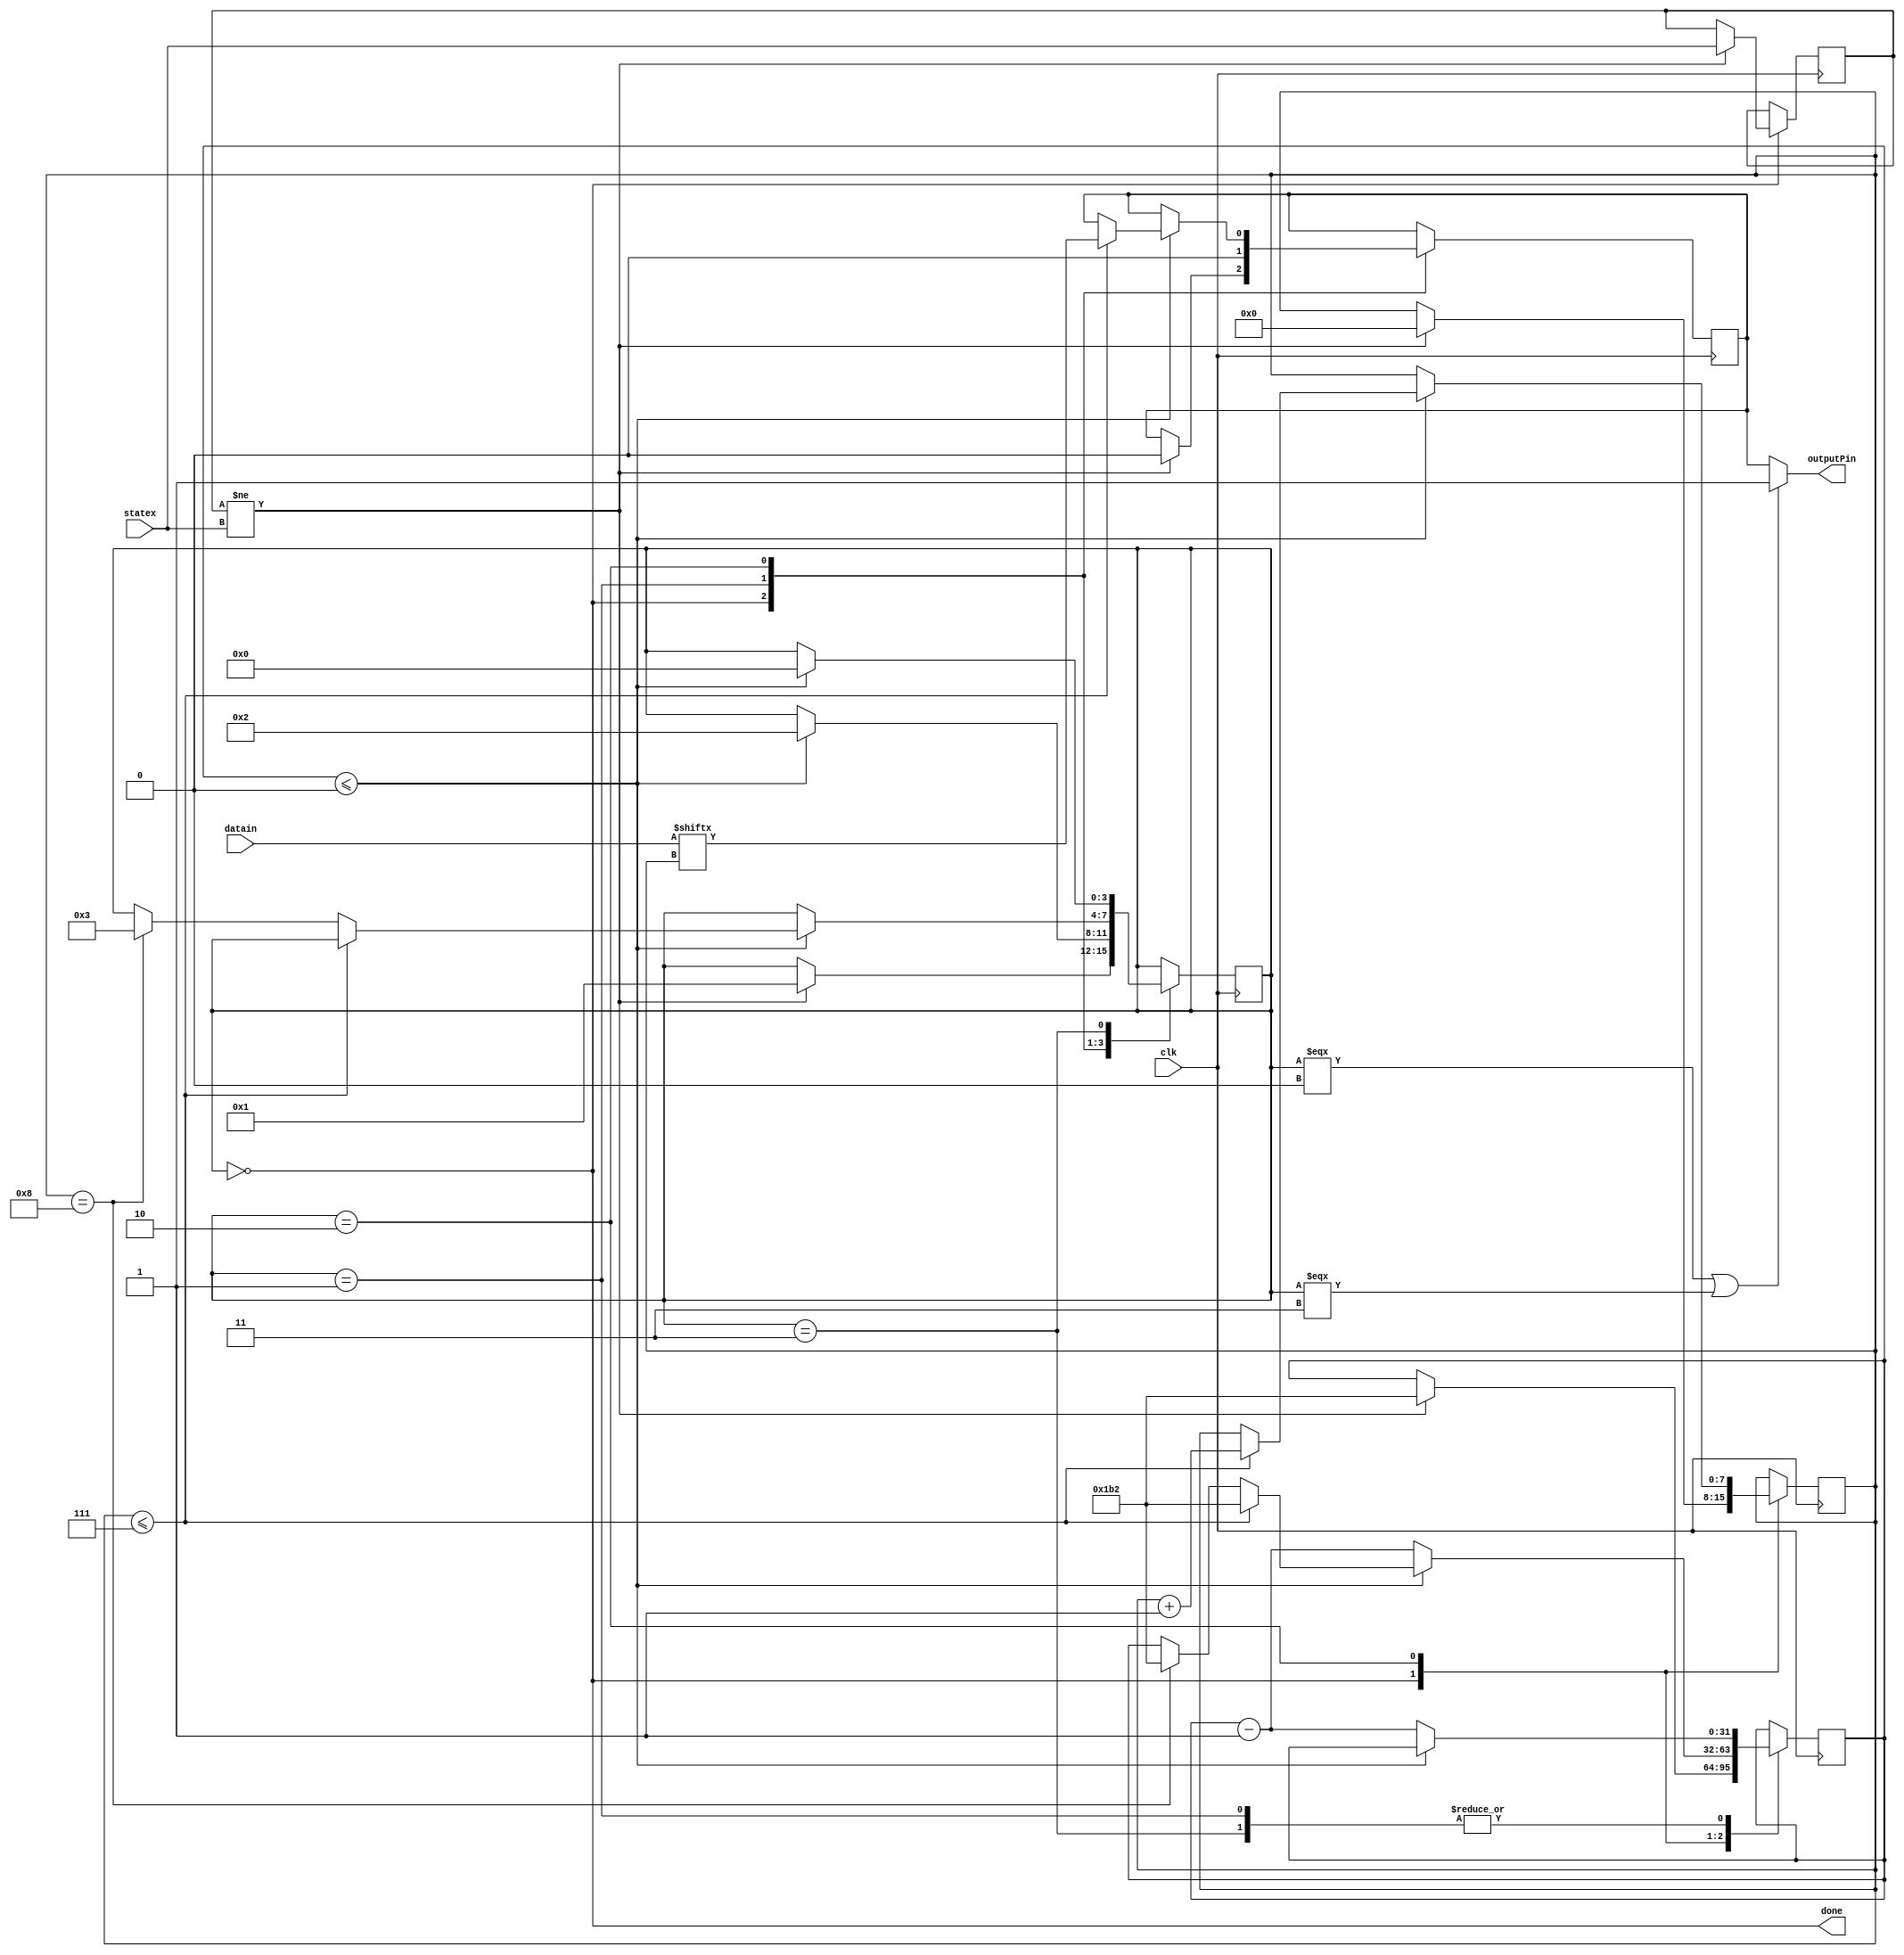
module outputShifter(input clk,output outputPin,input [7:0]datain,input statex,output done);

localparam pulses9600=5208;
localparam pulses9600With5=7812;
localparam pulses9600With52=2500; //Wait after the stop bit 

localparam pulses115200=434;
localparam pulses115200With5=651;
localparam pulses115200With52=100; //Wait after the stop bit 

reg[3:0]state;
localparam waiting=4'd0,data=4'd2,start=4'd1,stop=4'd3;

reg[31:0]timeForNextBit;
reg[7:0]dataBitCounter;

reg lastState;
assign debug=datain;

reg outputData;
assign outputPin=(state===waiting || state===stop)?1'b1:outputData;

assign done=(state==waiting);


	
always@(posedge clk)
begin
	
		case (state)	
			waiting: 
			begin
				if(lastState!=statex)
				begin
					lastState=statex;
					state=start;
					timeForNextBit=pulses115200; 
					dataBitCounter=0;	
					outputData=0;
				end
			end
			
			start:				
			begin
				outputData=0;
				if(timeForNextBit<=0)
				begin				
					state=data;				
				end
				else
				begin
					timeForNextBit=timeForNextBit-32'd1;
				end			
			end	
			
			data:				
			begin
				if(timeForNextBit<=0)
				begin
					if(dataBitCounter<=16'd7)
					begin					
						outputData=datain[dataBitCounter];
						dataBitCounter=dataBitCounter+1;						
						timeForNextBit=pulses115200;						
					end
					else if(dataBitCounter==16'd8)
					begin	
						state=stop;
						timeForNextBit=pulses115200; 
					end
				end
				else
				begin
					timeForNextBit=timeForNextBit-32'd1;
				end			
			end	
			
			
			stop:				
			begin				
				if(timeForNextBit<=0)
				begin				
					state=waiting;				
				end
				else
				begin
					timeForNextBit=timeForNextBit-32'd1;
				end			
			end	
		
		endcase

end


endmodule